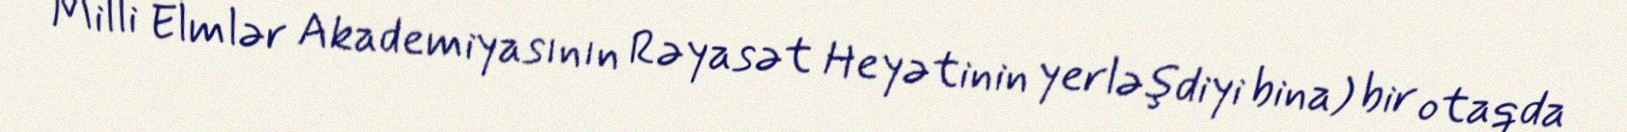
Milli Elmlər Akademiyasının Rəyasət Heyətinin yerləşdiyi bina) bir otaqda